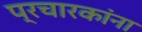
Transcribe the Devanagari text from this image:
प्रचारकांना